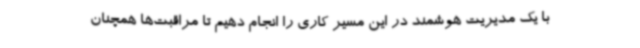
با یک مدیریت هوشمند در این مسیر کاری را انجام دهیم تا مراقبت‌ها همچنان